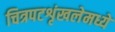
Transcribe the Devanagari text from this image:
चित्रपटशृंखलेमध्ये